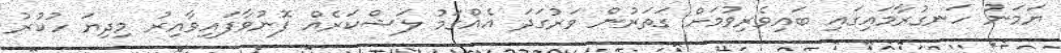
ޔަމަނު ހަނގުރާމައިގައި ބައިވެރިވުމަށް ގަތަރުން ވަރުގަދަ އެއްގަމު ލަޝްކަރެއް ފޮނުވާފައިވާއިރު މިދިޔަ ހުކުރު